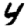
Digit: 4